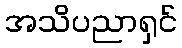
အသိပညာရှင်